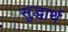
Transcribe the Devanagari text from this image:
सुद्धार्थ